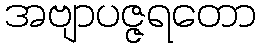
အဗျာပဇ္ဇရတော